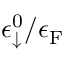
\epsilon _ { \downarrow } ^ { 0 } / \epsilon _ { \mathrm { F } }